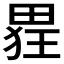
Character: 𮵂